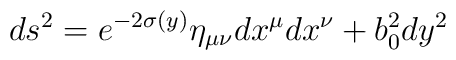
ds^2=e^{-2\sigma(y)}\eta_{\mu\nu}dx^\mu dx^\nu+b_0^2 dy^2